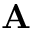
\mathbf { A }